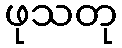
ဖုသတု